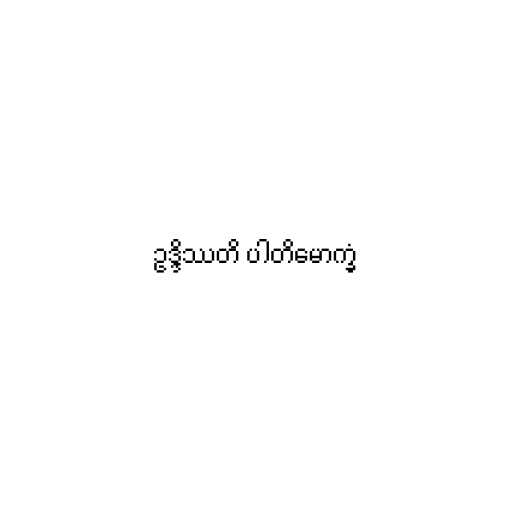
ဥဒ္ဒိဿတိ ပါတိမောက္ခံ